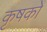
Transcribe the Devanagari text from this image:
कृषकाें